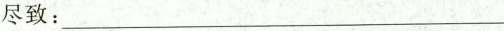
尽致:___